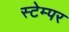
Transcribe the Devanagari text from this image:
स्टेम्पर